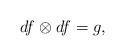
LaTeX: \begin{align*}df \otimes df = g,\end{align*}